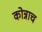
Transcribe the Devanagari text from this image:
कोन्नाच